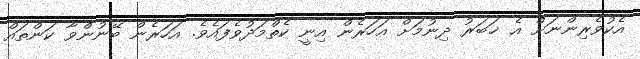
އެކުވެރިންނަށް އެ ޚަބަރު ދިނުމަށް އަހަރެން އިނީ ކެތްމަދުވެފައެވެ. އަހަރެން ބޭނުންވާ ކަންތައް